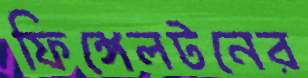
ফিঙ্গেলটনের